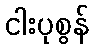
ငါးပုစွန်